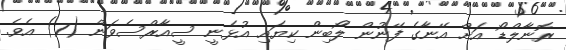
ރޮނާލްޑޯ އަށް އޭނާގެ ފޭނުން ލޯބިން ކިޔައި އުޅެނީ ސީއާރްސެވަން (7) އެވެ.